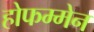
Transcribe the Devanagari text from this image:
होफम्मेन